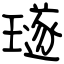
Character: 璲